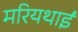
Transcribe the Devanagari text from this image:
मरियथाई